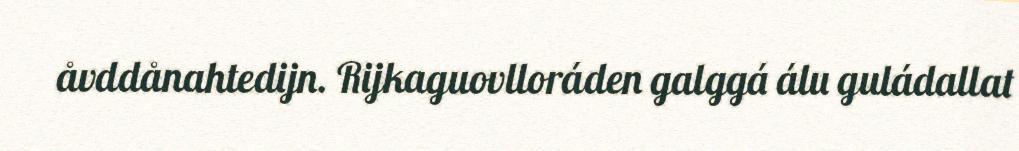
åvddånahtedijn. Rijkaguovlloráden galggá álu guládallat